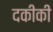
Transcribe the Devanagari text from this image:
दकीकी